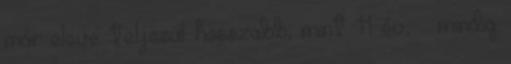
már eleve teljesül hosszabb, mint 11 év,  mindig